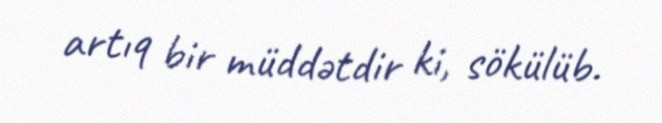
artıq bir müddətdir ki, sökülüb.